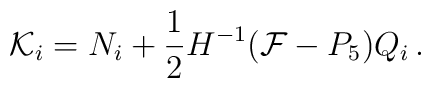
{\cal K}_{i}={N}_{i}+ \frac{1}{2}H^{-1}({\cal F}-P_5) Q_i\,.